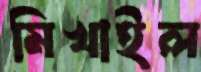
মিখাইল